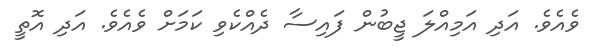
ވެއެވެ. އަދި އަމިއްލަ ޖީބުން ފައިސާ ދެއްކެވި ކަމަށް ވެއެވެ. އަދި އޮތީ